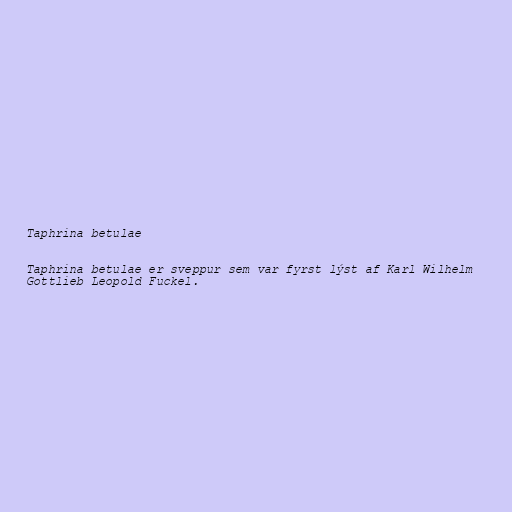
Taphrina betulae

Taphrina betulae er sveppur sem var fyrst lýst af Karl Wilhelm
Gottlieb Leopold Fuckel.